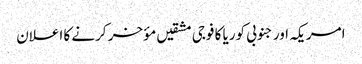
امریکہ اور جنوبی کوریا کا فوجی مشقیں مؤخر کرنے کا اعلان